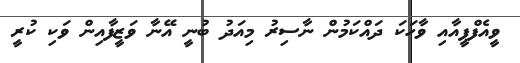
ވީއެފްޕީއާއި ވާހަކަ ދައްކަމުން ނާސިރު މިއަދު ބުނީ އޭނާ ވަޒީފާއިން ވަކި ކުރީ